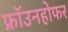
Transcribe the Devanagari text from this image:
फ्रॉउनहोफर